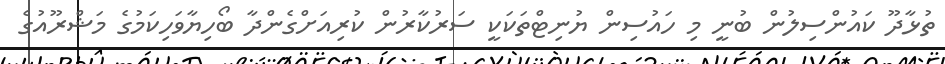
ތުޅާދޫ ކައުންސިލުން ބުނީ މި ހައުސިން ޔުނިޓްތަކަކީ ސަރުކާރުން ކުރިއަށްގެންދާ ބޯހިޔާވަހިކަމުގެ މަޝްރޫއުގެ